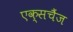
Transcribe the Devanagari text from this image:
एक्सचैंज